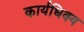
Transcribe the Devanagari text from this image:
कार्यधिक्य